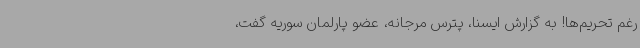
رغم تحریم‌ها! به گزارش ایسنا، پترس مرجانه، عضو پارلمان سوریه گفت،